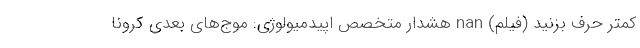
کمتر حرف بزنید (فیلم) nan هشدار متخصص اپیدمیولوژی: موج‌های بعدی کرونا